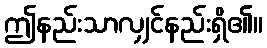
ဤနည်းသာလျှင်နည်းရှိ၏။